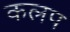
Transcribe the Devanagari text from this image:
कलप